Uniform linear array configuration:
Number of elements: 8
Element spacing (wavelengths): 0.5
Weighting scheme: uniform
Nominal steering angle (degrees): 15
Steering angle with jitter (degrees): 14.112
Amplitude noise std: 0.05
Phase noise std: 0.05

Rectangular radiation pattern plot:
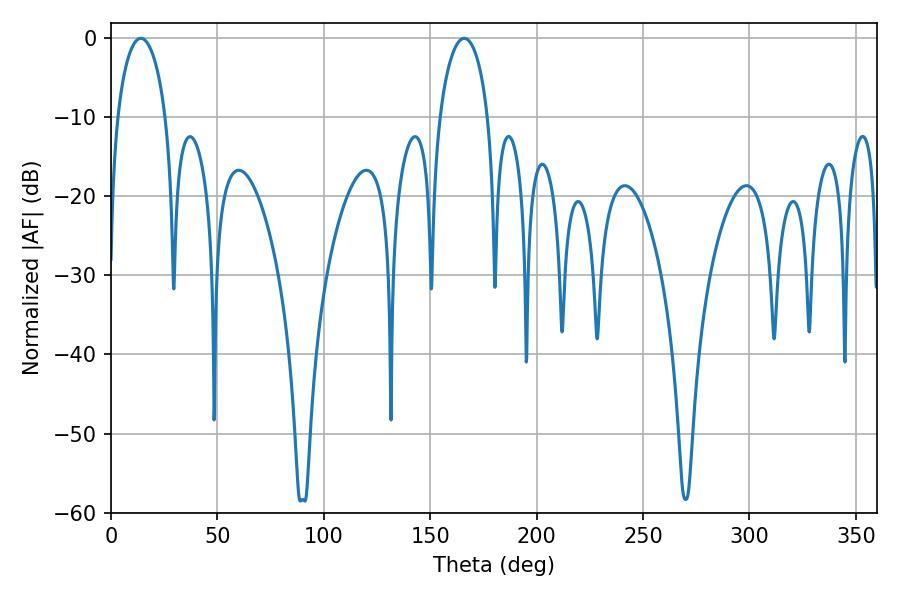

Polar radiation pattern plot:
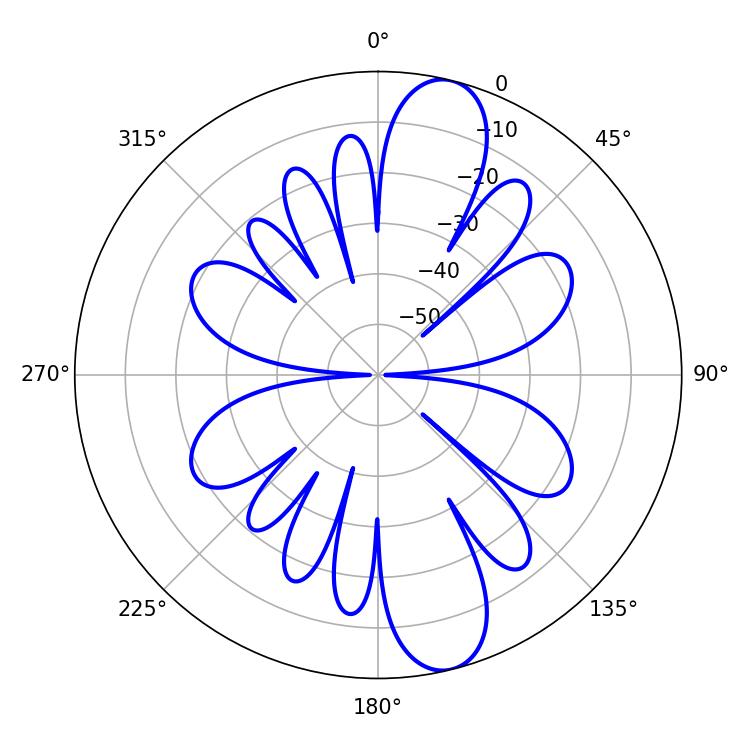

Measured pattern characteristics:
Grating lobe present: FALSE
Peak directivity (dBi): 12.098
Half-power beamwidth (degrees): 13.14
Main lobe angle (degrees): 14.04